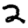
Digit: 2